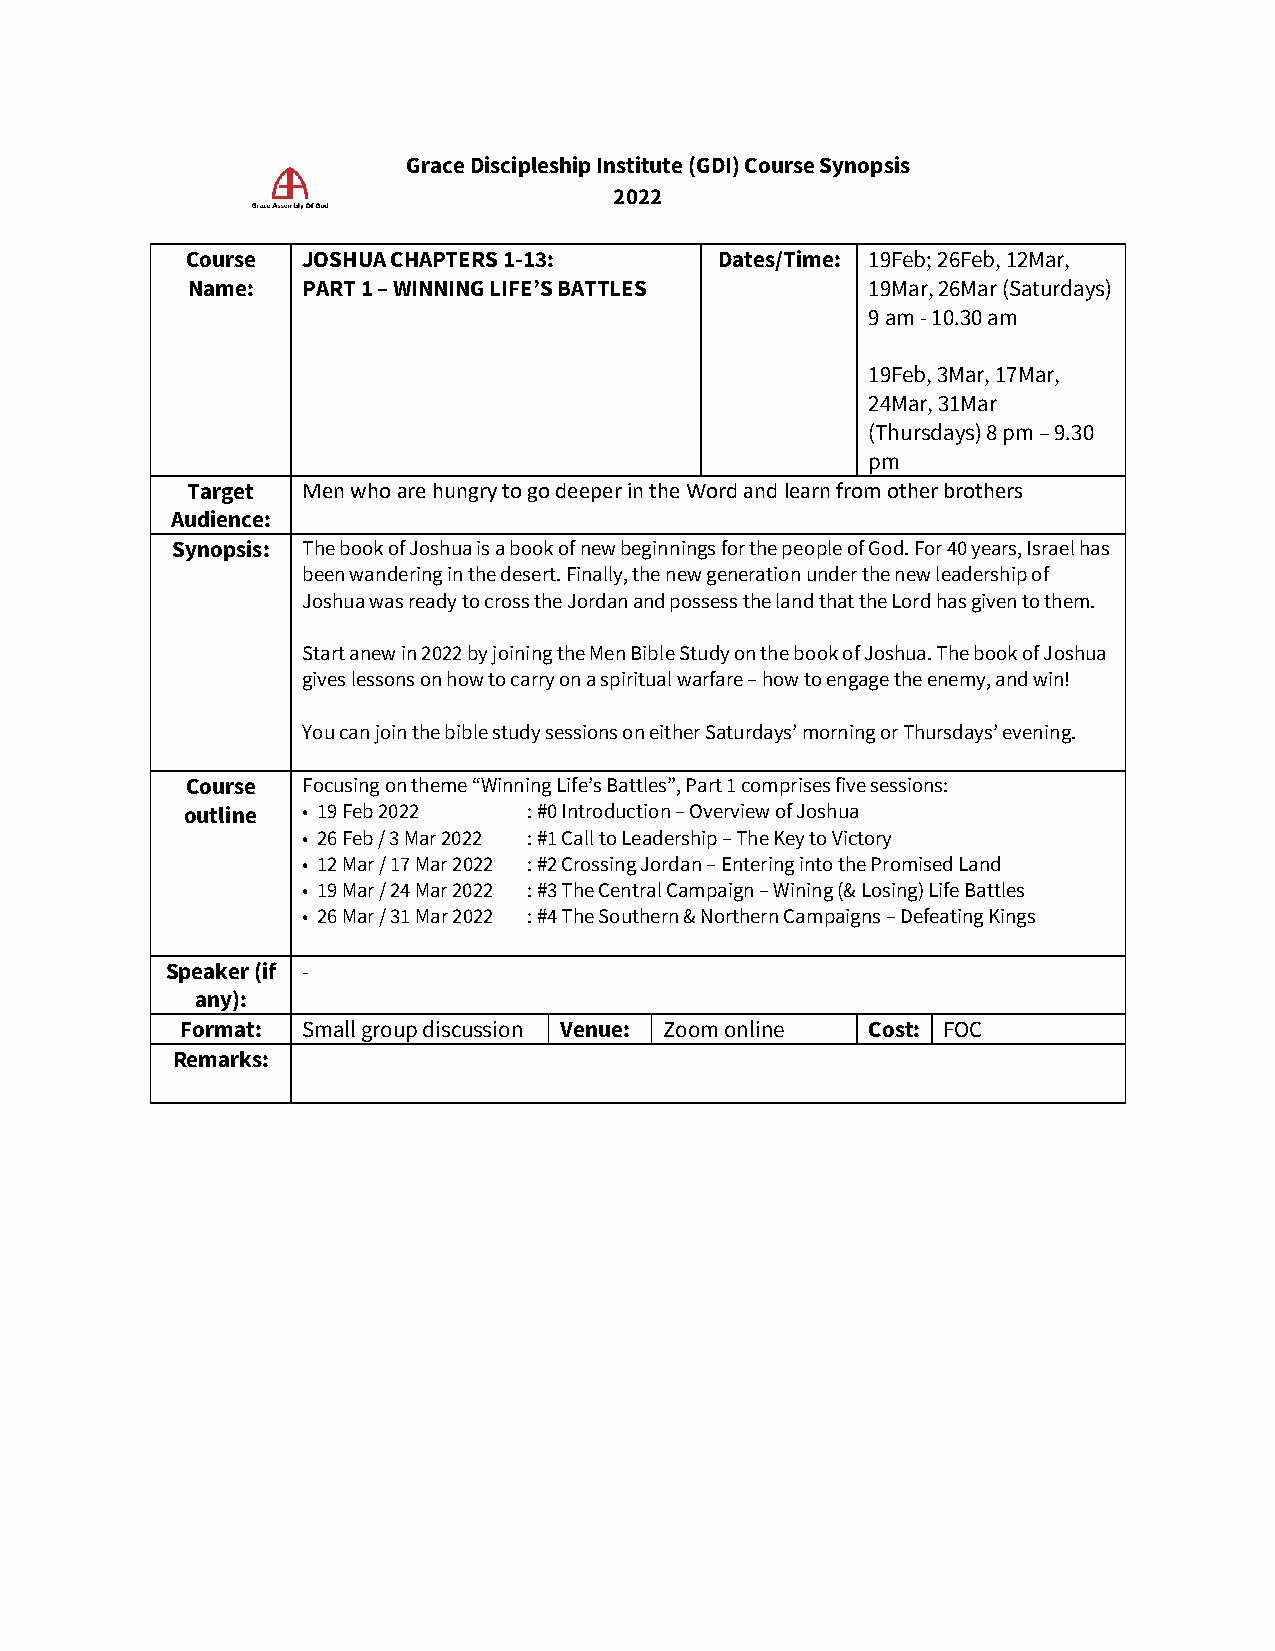
Grace Discipleship Institute (GDI) Course Synopsis
 2022
 Course  JOSHUA CHAPTERS 1-13:       Dates/Time: 19Feb; 26Feb, 12Mar,
 Name:   PART 1 – WINNING LIFE’S BATTLES       19Mar, 26Mar (Saturdays)
 9 am - 10.30 am
 19Feb, 3Mar, 17Mar,
 24Mar, 31Mar
 (Thursdays) 8 pm – 9.30
 pm
 Target  Men who are hungry to go deeper in the Word and learn from other brothers
 Audience:
 Synopsis: The book of Joshua is a book of new beginnings for the people of God. For 40 years, Israel has
 been wandering in the desert. Finally, the new generation under the new leadership of
 Joshua was ready to cross the Jordan and possess the land that the Lord has given to them.
 Start anew in 2022 by joining the Men Bible Study on the book of Joshua. The book of Joshua
 gives lessons on how to carry on a spiritual warfare – how to engage the enemy, and win!
 You can join the bible study sessions on either Saturdays’ morning or Thursdays’ evening.
 Course  Focusing on theme “Winning Life’s Battles”, Part 1 comprises five sessions:
 outline • 19 Feb 2022  : #0 Introduction – Overview of Joshua
 • 26 Feb / 3 Mar 2022 : #1 Call to Leadership – The Key to Victory
 • 12 Mar / 17 Mar 2022 : #2 Crossing Jordan – Entering into the Promised Land
 • 19 Mar / 24 Mar 2022 : #3 The Central Campaign – Wining (& Losing) Life Battles
 • 26 Mar / 31 Mar 2022 : #4 The Southern & Northern Campaigns – Defeating Kings
 Speaker (if -
 any):
 Format: Small group discussion Venue: Zoom online Cost: FOC
 Remarks: